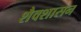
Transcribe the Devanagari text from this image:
शैवशासन